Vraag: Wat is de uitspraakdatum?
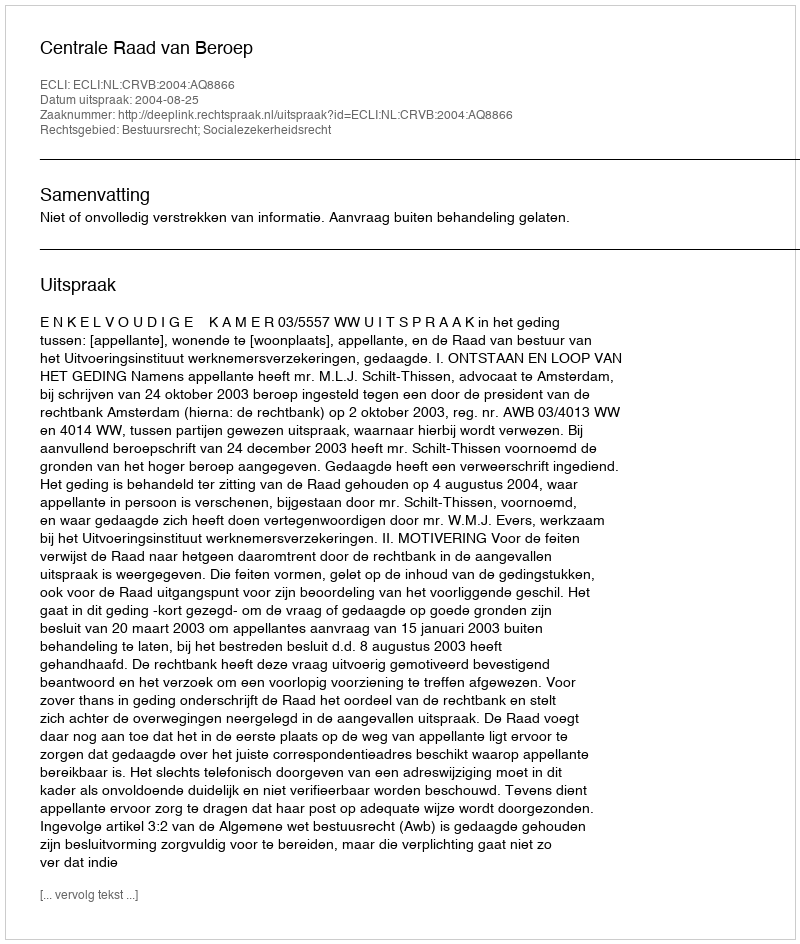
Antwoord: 2004-08-25